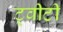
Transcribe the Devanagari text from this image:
ट्वीटी